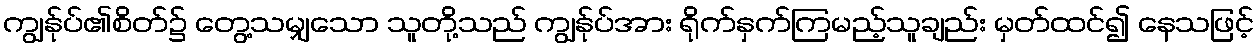
ကျွန်ုပ်၏စိတ်၌ တွေ့သမျှသော သူတို့သည် ကျွန်ုပ်အား ရိုက်နှက်ကြမည့်သူချည်း မှတ်ထင်၍ နေသဖြင့်